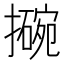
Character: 𫾊